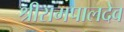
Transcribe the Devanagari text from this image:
श्रीरामपालदेव